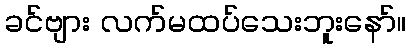
ခင်ဗျား လက်မထပ်သေးဘူးနော်။